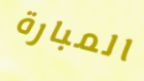
المبارة